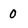
Character: 0